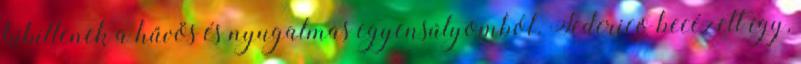
kibillenek a hűvös és nyugalmas egyensúlyomból. Federico becézett így,